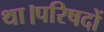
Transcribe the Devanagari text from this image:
था।परिषदों